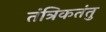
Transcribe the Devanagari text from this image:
तंत्रिकतंतु